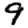
Digit: 9